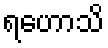
ရဟောသိ